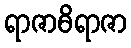
ရာဇာဓိရာဇာ